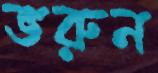
ভরুন